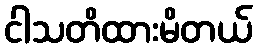
ငါသတိထားမိတယ်